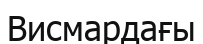
Висмардағы